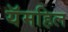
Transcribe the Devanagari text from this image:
यॅमहिल